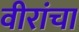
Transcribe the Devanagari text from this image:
वीरांचा